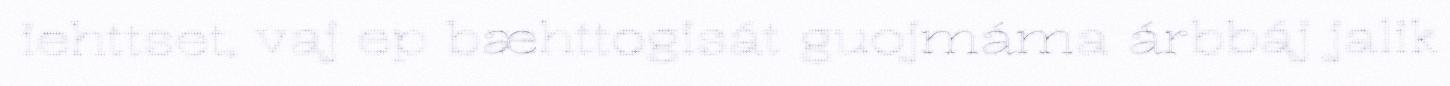
iehttset, vaj ep bæhttogisát guojmáma árbbáj jalik